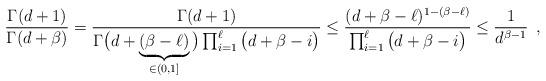
LaTeX: \begin{align*} \frac{\Gamma(d + 1)}{\Gamma(d+\beta)} &= \frac{\Gamma(d+1)}{\Gamma\big(d+\underbrace{(\beta-\ell)}_{\in (0, 1]}\big)\prod_{i = 1}^{\ell}\big(d+\beta-i\big) } \leq \frac{(d + \beta - \ell)^{1 - (\beta -\ell)}}{\prod_{i = 1}^{\ell}\big(d+\beta-i\big) } \leq \frac{1}{d^{\beta-1}}\enspace,\end{align*}